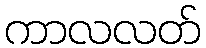
ကာလလတ်